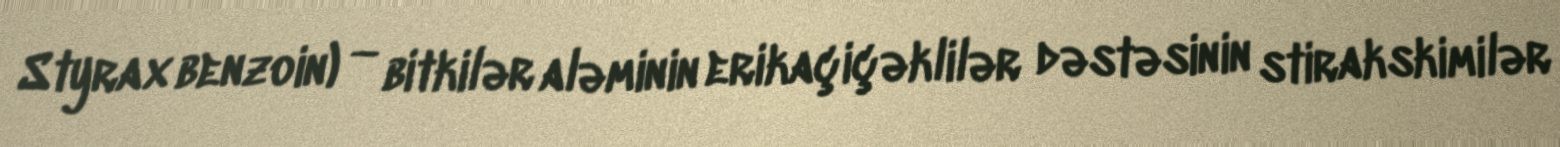
Styrax benzoin) — bitkilər aləminin erikaçiçəklilər dəstəsinin stirakskimilər